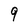
Character: 9